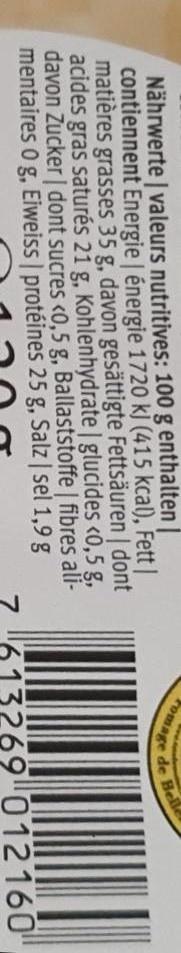
Nährwerte | valeurs nutritives: 100 g enthalten contiennent Energie | énergie 1720 kJ (415 kcal), Fett | matières grasses 35 g, davon gesättigte Fettsäuren | dont acides gras saturés 21 g, Kohlenhydrate | glucides <0,5 g, davon Zucker | dont sucres <0,5 g, Ballaststoffe | fibres mentaires 0 g, Eiweiss | protéines 25 g, Salz|sel 1,9 g
aliromage
de
Belle
3269 012160